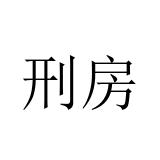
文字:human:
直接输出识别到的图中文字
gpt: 刑房